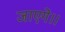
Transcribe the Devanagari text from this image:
जाएगे।।